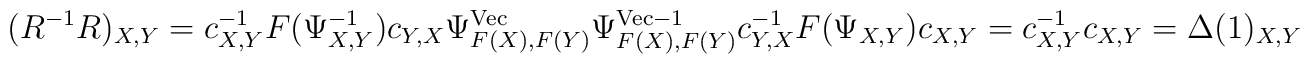
(R^{-1}R)_{X,Y}=c_{X,Y}^{-1}F(\Psi_{X,Y}^{-1})c_{Y,X}\Psi^{{\rm Vec}}_{F(X),F(Y)}\Psi^{{\rm Vec}-1}_{F(X),F(Y)}c^{-1}_{Y,X}F(\Psi_{X,Y})c_{X,Y}=c_{X,Y}^{-1}c_{X,Y}=\Delta(1)_{X,Y}